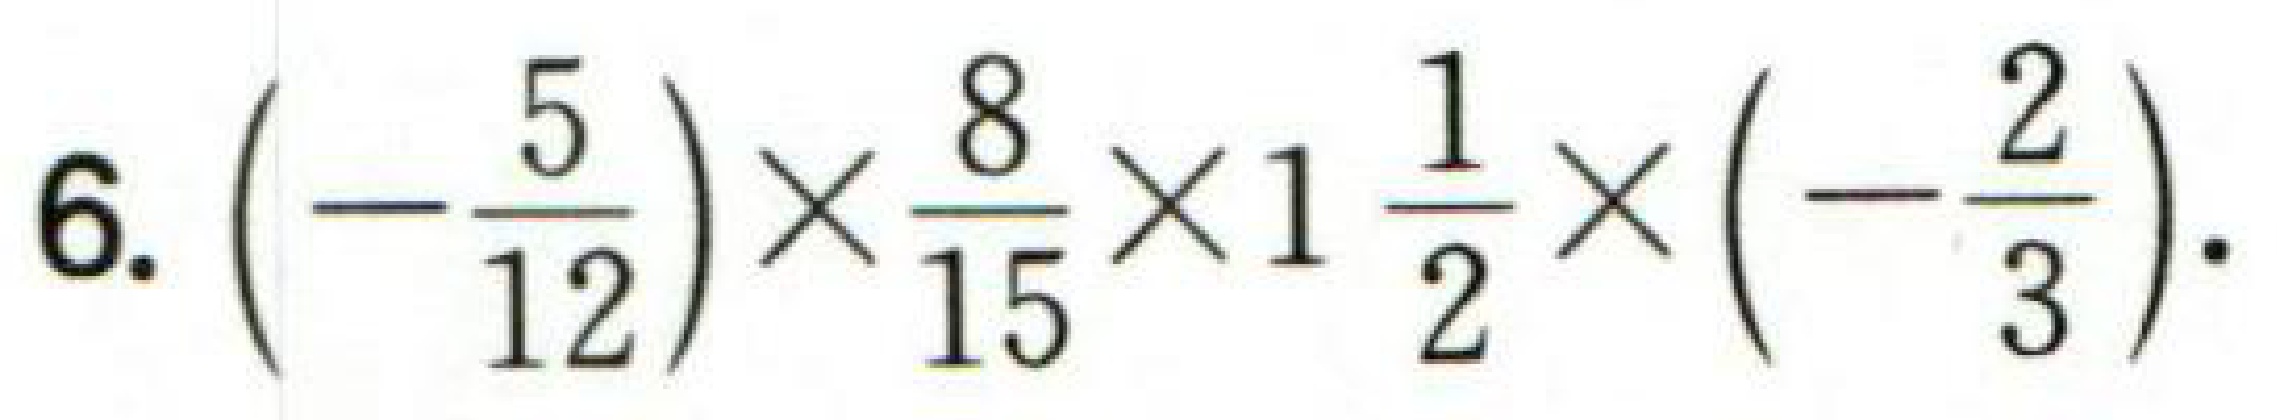
6. $\left(-\dfrac{5}{12}\right)\times\dfrac{8}{15}\times1\dfrac{1}{2}\times\left(-\dfrac{2}{3}\right)$.